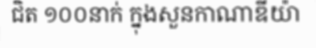
ជិត ១០០នាក់ ក្នុងសួនកាណាឌីយ៉ា